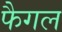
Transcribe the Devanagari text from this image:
फैगल